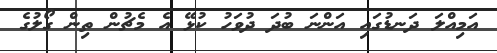
އަމިއްލަ ދަނޑުގައި އަންނަ ބުދަ ދުވަހު ކުޅޭ އެ މެޗުން ތިން ގޯލުގެ